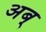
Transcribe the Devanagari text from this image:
अब्